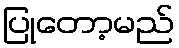
ပြုတော့မည်